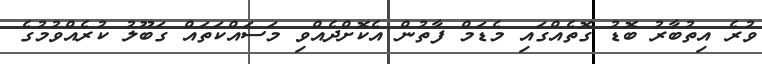
ވުރެ އިތުބާރު ބޮޑު ގޮތެއްގައި މެޑަމް ފާތުން އެކޮށްދެއްވި މަސައްކަތައް ގަބޫލު ކުރެއްވުމުގެ